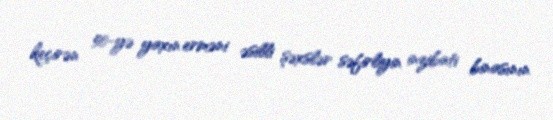
keçirən 50-yə yaxın erməni əsilli şəxslər səfirliyin inzibati binasının